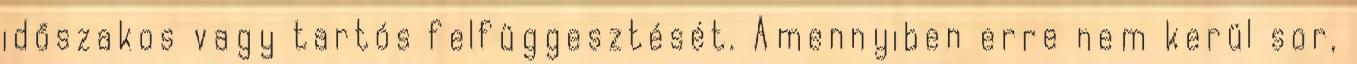
időszakos vagy tartós felfüggesztését. Amennyiben erre nem kerül sor,